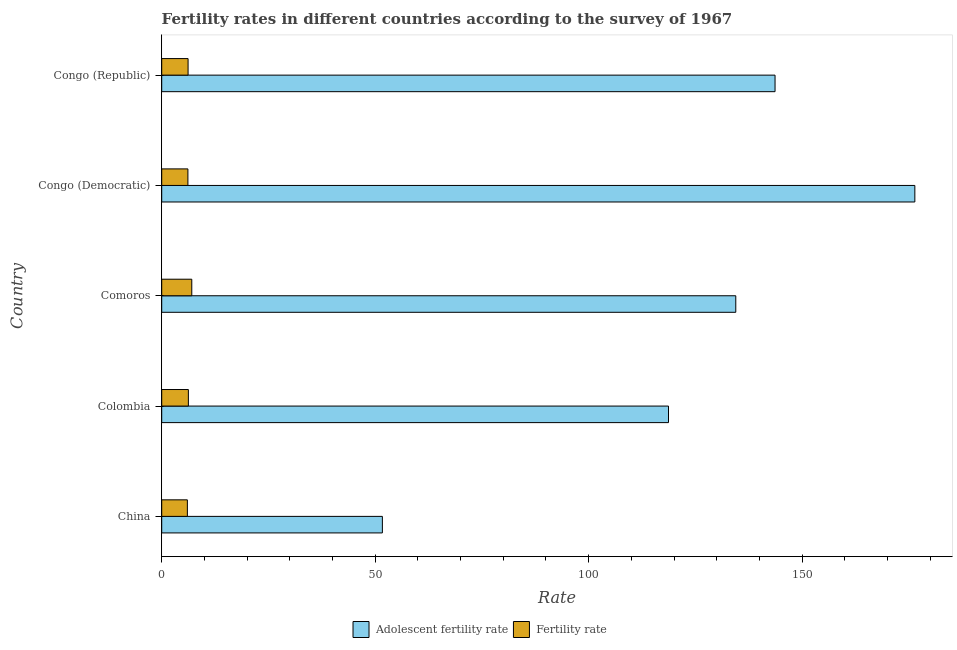
| Country | Adolescent fertility rate | Fertility rate |
 | --- | --- | --- |
 | China | 51.7 | 6.01 |
 | Colombia | 119 | 6.25 |
 | Comoros | 134 | 7.04 |
 | Congo (Democratic) | 176 | 6.13 |
 | Congo (Republic) | 144 | 6.18 |